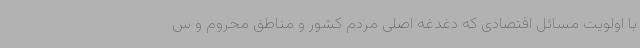
با اولویت مسائل اقتصادی که دغدغه اصلی مردم کشور و مناطق محروم و س